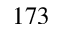
1 7 3